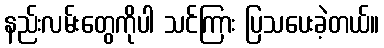
နည်းလမ်းတွေကိုပါ သင်ကြား ပြသပေးခဲ့တယ်။